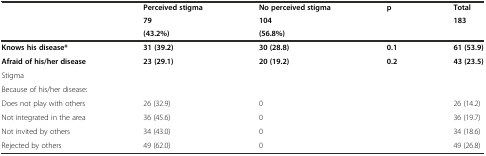
<table><thead><tr><td rowspan="3"></td><td><b>Perceived stigma</b></td><td><b>No perceived stigma</b></td><td rowspan="3"><b>p</b></td><td><b>Total</b></td></tr><tr><td><b>79</b></td><td><b>104</b></td><td rowspan="2"><b>183</b></td></tr><tr><td><b>(43.2%)</b></td><td><b>(56.8%)</b></td></tr></thead><tbody><tr><td><b>Knows his disease*</b></td><td><b>31 (39.2)</b></td><td><b>30 (28.8)</b></td><td><b>0.1</b></td><td><b>61 (53.9)</b></td></tr><tr><td><b>Afraid of his/her disease</b></td><td><b>23 (29.1)</b></td><td><b>20 (19.2)</b></td><td><b>0.2</b></td><td><b>43 (23.5)</b></td></tr><tr><td>Stigma</td><td rowspan="2"></td><td rowspan="2"></td><td rowspan="2"></td><td rowspan="2"></td></tr><tr><td>Because of his/her disease:</td></tr><tr><td>Does not play with others</td><td>26 (32.9)</td><td>0</td><td></td><td>26 (14.2)</td></tr><tr><td>Not integrated in the area</td><td>36 (45.6)</td><td>0</td><td></td><td>36 (19.7)</td></tr><tr><td>Not invited by others</td><td>34 (43.0)</td><td>0</td><td></td><td>34 (18.6)</td></tr><tr><td>Rejected by others</td><td>49 (62.0)</td><td>0</td><td></td><td>49 (26.8)</td></tr></tbody></table>